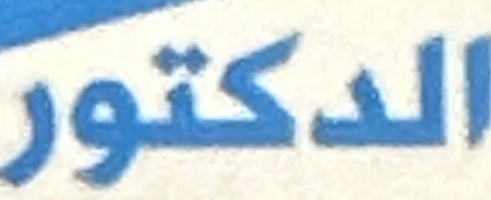
الدكتور